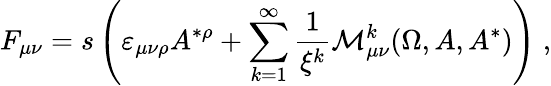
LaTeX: F_{\mu\nu}=s\left(\varepsilon_{\mu\nu\rho}A^{*\rho}+\sum_{k=1}^{\infty}\frac 1{\xi^{k}}\mathcal{M}_{\mu\nu}^{k}(\Omega,A,A^{*})\right)\; ,